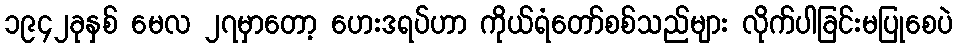
၁၉၄၂ခုနှစ် မေလ ၂၇မှာတော့ ဟေးဒရပ်ဟာ ကိုယ်ရံတော်စစ်သည်များ လိုက်ပါခြင်းမပြုစေပဲ